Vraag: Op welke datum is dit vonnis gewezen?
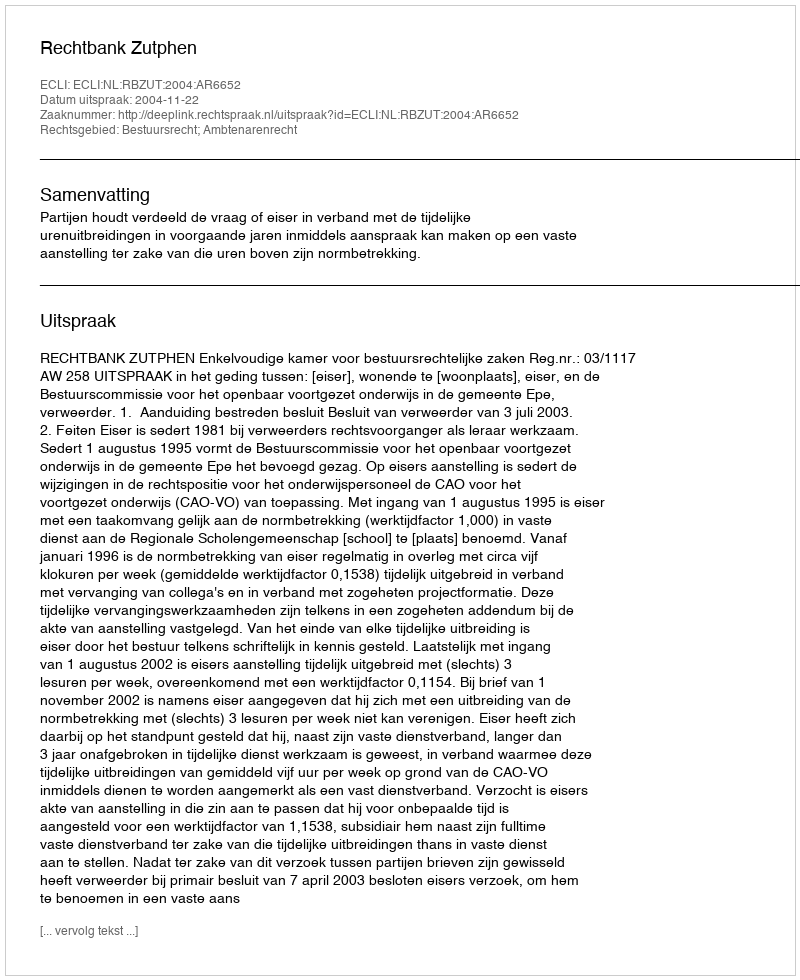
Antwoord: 2004-11-22